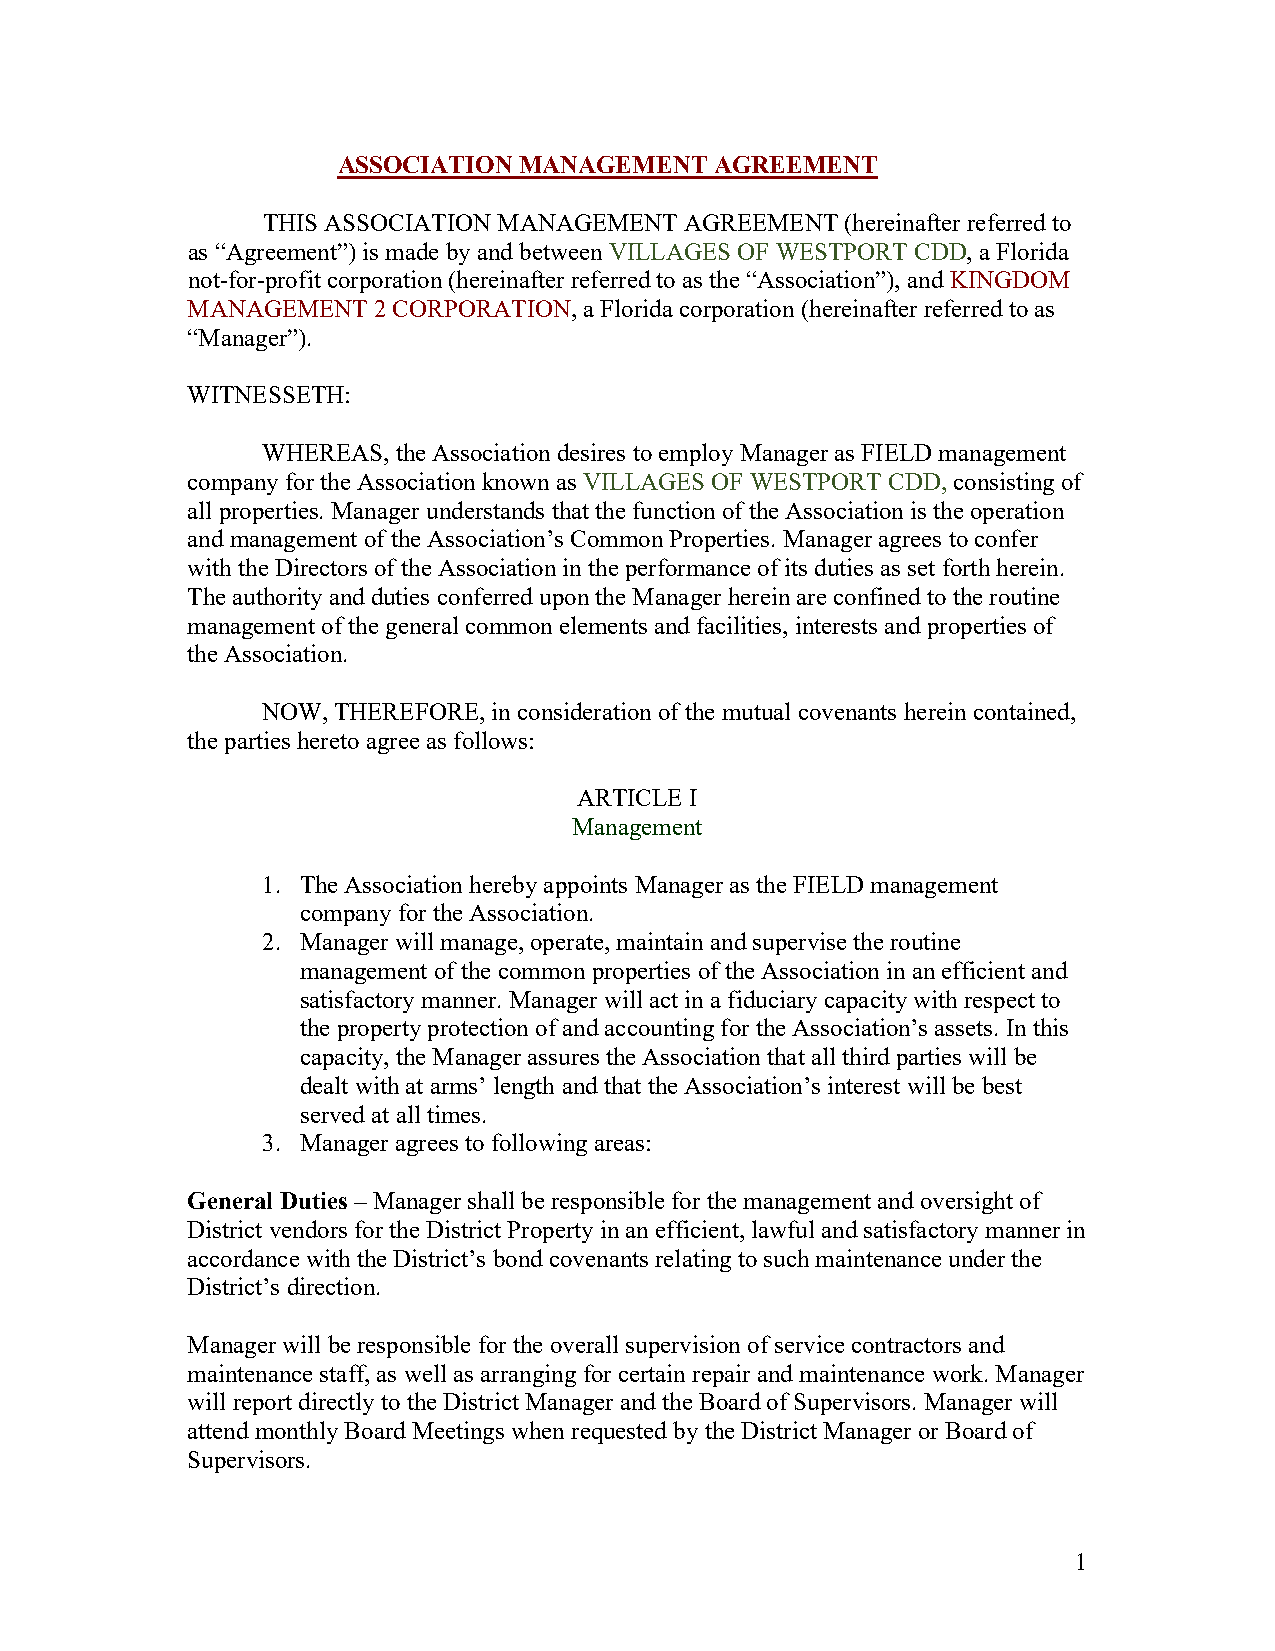
ASSOCIATION MANAGEMENT   AGREEMENT
 THIS ASSOCIATION MANAGEMENT AGREEMENT  (hereinafter referred to
 as “Agreement”) is made by and between VILLAGES OF WESTPORT CDD, a Florida
 not-for-profit corporation (hereinafter referred to as the “Association”), and KINGDOM
 MANAGEMENT   2 CORPORATION, a Florida corporation (hereinafter referred to as
 “Manager”).
 WITNESSETH:
 WHEREAS, the Association desires to employ Manager as FIELD management
 company for the Association known as VILLAGES OF WESTPORT CDD, consisting of
 all properties. Manager understands that the function of the Association is the operation
 and management of the Association’s Common Properties. Manager agrees to confer
 with the Directors of the Association in the performance of its duties as set forth herein.
 The authority and duties conferred upon the Manager herein are confined to the routine
 management of the general common elements and facilities, interests and properties of
 the Association.
 NOW, THEREFORE, in consideration of the mutual covenants herein contained,
 the parties hereto agree as follows:
 ARTICLE I
 Management
 1. The Association hereby appoints Manager as the FIELD management
 company for the Association.
 2. Manager will manage, operate, maintain and supervise the routine
 management of the common properties of the Association in an efficient and
 satisfactory manner. Manager will act in a fiduciary capacity with respect to
 the property protection of and accounting for the Association’s assets. In this
 capacity, the Manager assures the Association that all third parties will be
 dealt with at arms’ length and that the Association’s interest will be best
 served at all times.
 3. Manager agrees to following areas:
 General Duties – Manager shall be responsible for the management and oversight of
 District vendors for the District Property in an efficient, lawful and satisfactory manner in
 accordance with the District’s bond covenants relating to such maintenance under the
 District’s direction.
 Manager will be responsible for the overall supervision of service contractors and
 maintenance staff, as well as arranging for certain repair and maintenance work. Manager
 will report directly to the District Manager and the Board of Supervisors. Manager will
 attend monthly Board Meetings when requested by the District Manager or Board of
 Supervisors.
 1